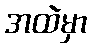
အထဲမှာ